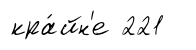
кра́йн'е 221